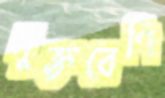
মুক্তবেণি